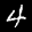
Label: 4